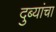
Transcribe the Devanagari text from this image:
दुब्यांचा